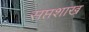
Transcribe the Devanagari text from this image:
सप्तशाख